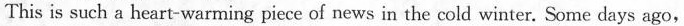
This is such a heart-warming piece of news in the cold winter. Some days ago,